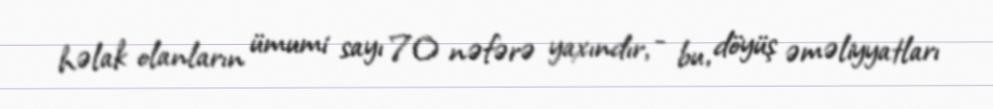
həlak olanların ümumi sayı 70 nəfərə yaxındır, - bu, döyüş əməliyyatları